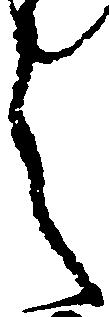
之